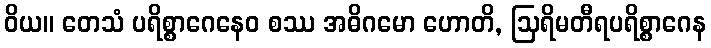
ဝိယ။ တေသံ ပရိစ္စာဂေနေဝ စဿ အဓိဂမော ဟောတိ, ဩရိမတီရပရိစ္စာဂေန